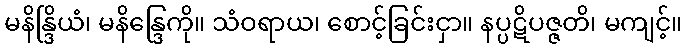
မနိန္ဒြိယံ၊ မနိန္ဒြေကို။ သံဝရာယ၊ စောင့်ခြင်းငှာ။ နပ္ပဋိပဇ္ဇတိ၊ မကျင့်။